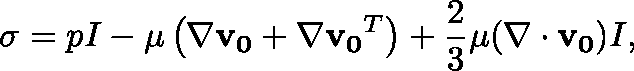
\mathbf { \sigma } = p \mathbb { I } - \mu \left( \nabla \mathbf { v _ { 0 } } + \nabla \mathbf { v _ { 0 } } ^ { T } \right) + { \frac { 2 } { 3 } } \mu ( \nabla \cdot \mathbf { v _ { 0 } } ) \mathbb { I } ,